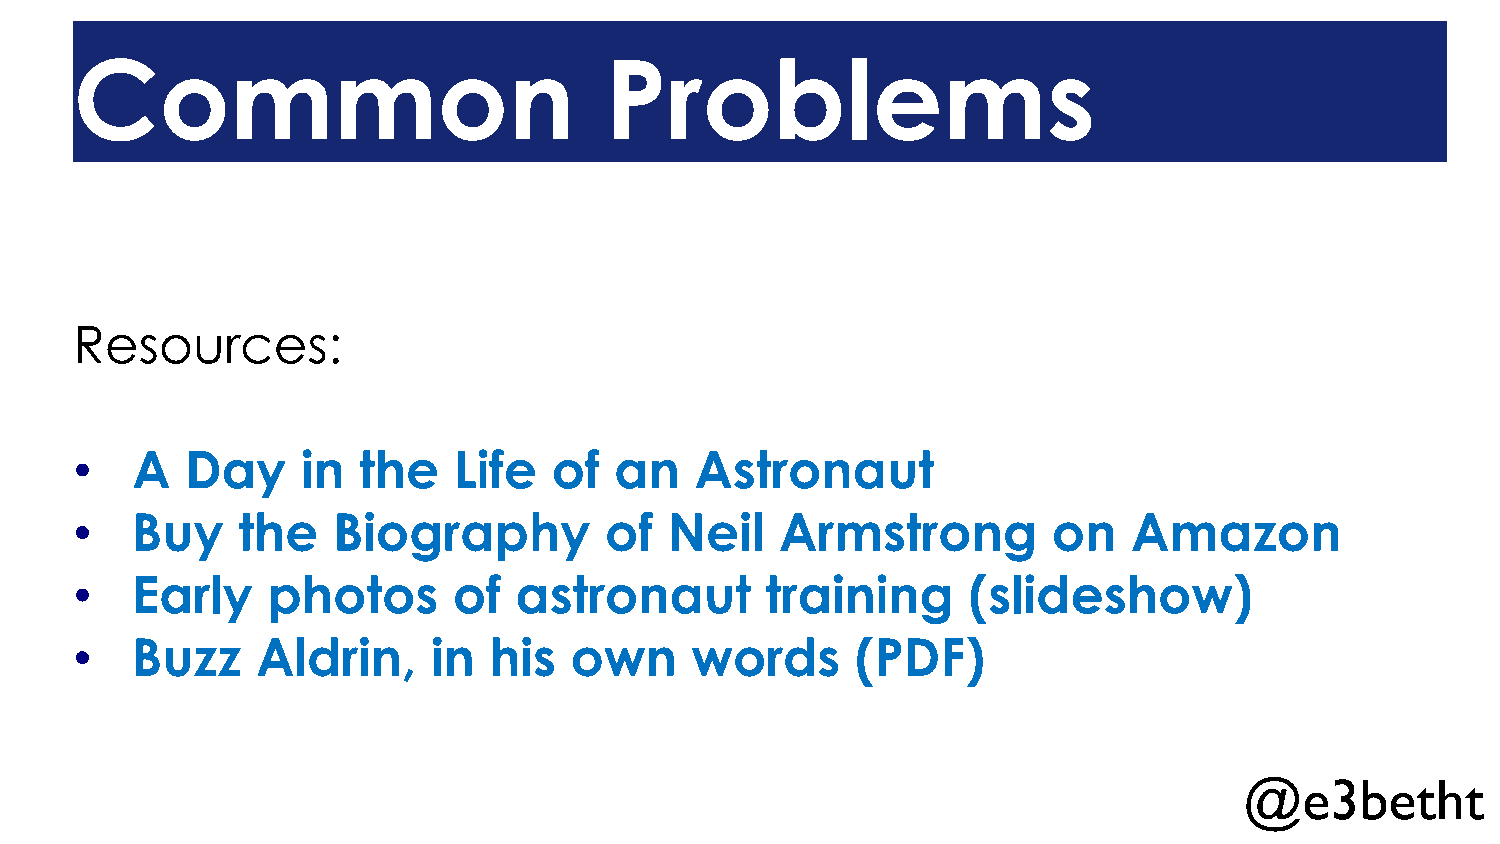
Common                             Problems
 Resources:
 •   A  Day     in  the   Life   of  an   Astronaut
 •   Buy    the   Biography         of  Neil    Armstrong         on   Amazon
 •   Early    photos      of  astronaut        training     (slideshow)
 •   Buzz    Aldrin,     in his   own     words      (PDF)
 @e3betht